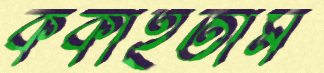
ককাইতাম